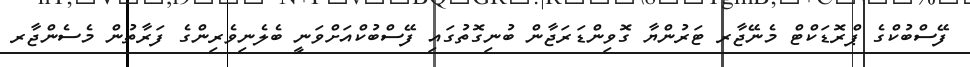
ފޭސްބުކްގެ ޕްރޮޑަކްޓް މެނޭޖާރ ޓަރުންޔާ ގޮވިންޑަރަޖާން ބުނިގޮތުގައި ފޭސްބުކްއަށްވަނީ ބެލެނިވެރިންގެ ފަރާތުން މެސެންޖާރ